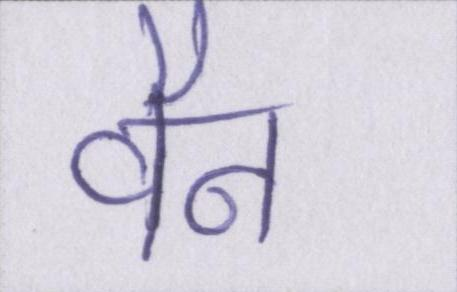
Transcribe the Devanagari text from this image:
वैन